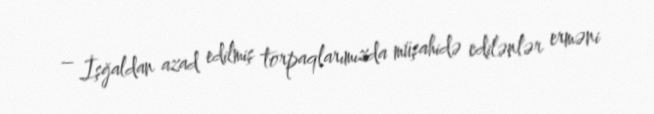
– İşğaldan azad edilmiş torpaqlarımızda müşahidə edilənlər erməni